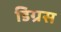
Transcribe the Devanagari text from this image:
डिग्रस